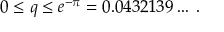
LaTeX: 0 \leq q \leq e ^ { - \pi } = 0 . 0 4 3 2 1 3 9 \ldots \; .